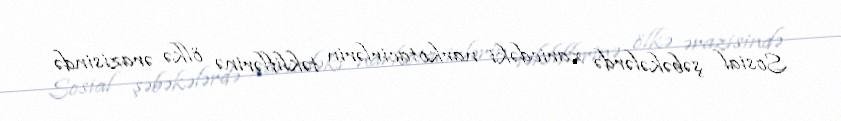
Sosial şəbəkələrdə xaricdəki narkotacirlərin təkliflərinə ölkə ərazisində